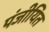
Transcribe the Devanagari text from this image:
पंजीयित